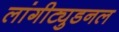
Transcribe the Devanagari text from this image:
लांगीट्युडनल